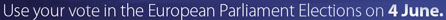
Use your vote in the European Parliament Elections on 4 June.